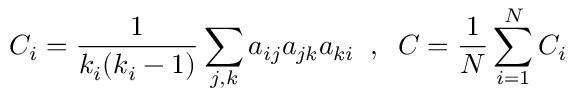
C _ { i } = \frac { 1 } { k _ { i } ( k _ { i } - 1 ) } \sum _ { j , k } a _ { i j } a _ { j k } a _ { k i } \; \; , \; \; C = \frac { 1 } { N } \sum _ { i = 1 } ^ { N } C _ { i }